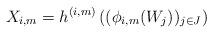
LaTeX: \begin{align*}X_{i,m} &= h^{(i,m)}\left((\phi_{i,m}(W_j))_{j\in J}\right)\end{align*}